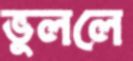
ভুললে